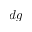
d g